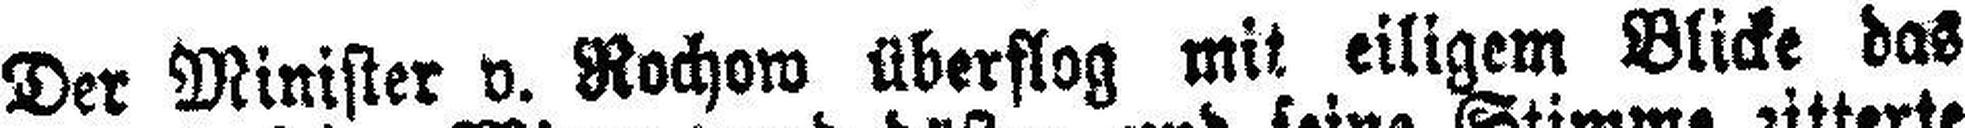
Der Minister v. Rochow überflog mit eiligem Blicke das